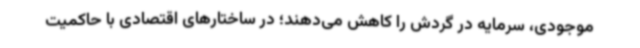
موجودی، سرمایه در گردش را کاهش می‌دهند؛ در ساختارهای اقتصادی با حاکمیت